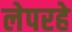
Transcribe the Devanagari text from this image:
लेपरहे